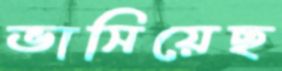
ভাসিয়েছ